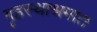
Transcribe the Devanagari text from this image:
गॄहस्थाश्रमात